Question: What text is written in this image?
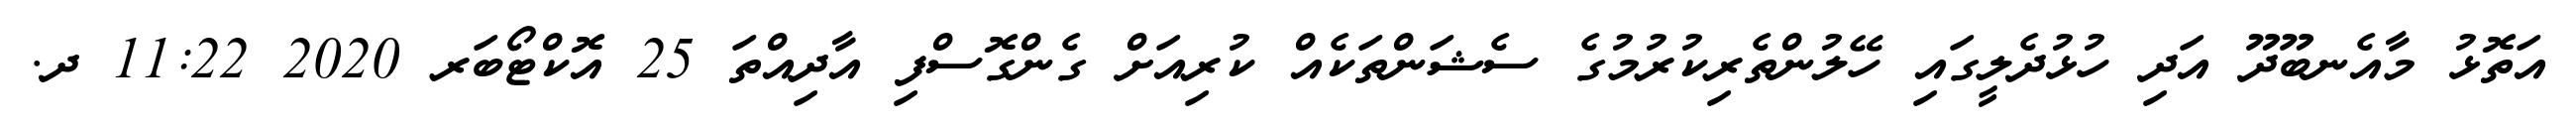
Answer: އަތޮޅު މާއެނބޫދޫ އަދި ހުޅުދެލީގައި ހޭލުންތެރިކުރުމުގެ ސެޝަންތަކެއް ކުރިއަށް ގެންގޮސްފި އާދިއްތަ 25 އޮކްޓޯބަރ 2020 11:22 ދ.